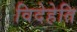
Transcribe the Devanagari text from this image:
विदेहेति